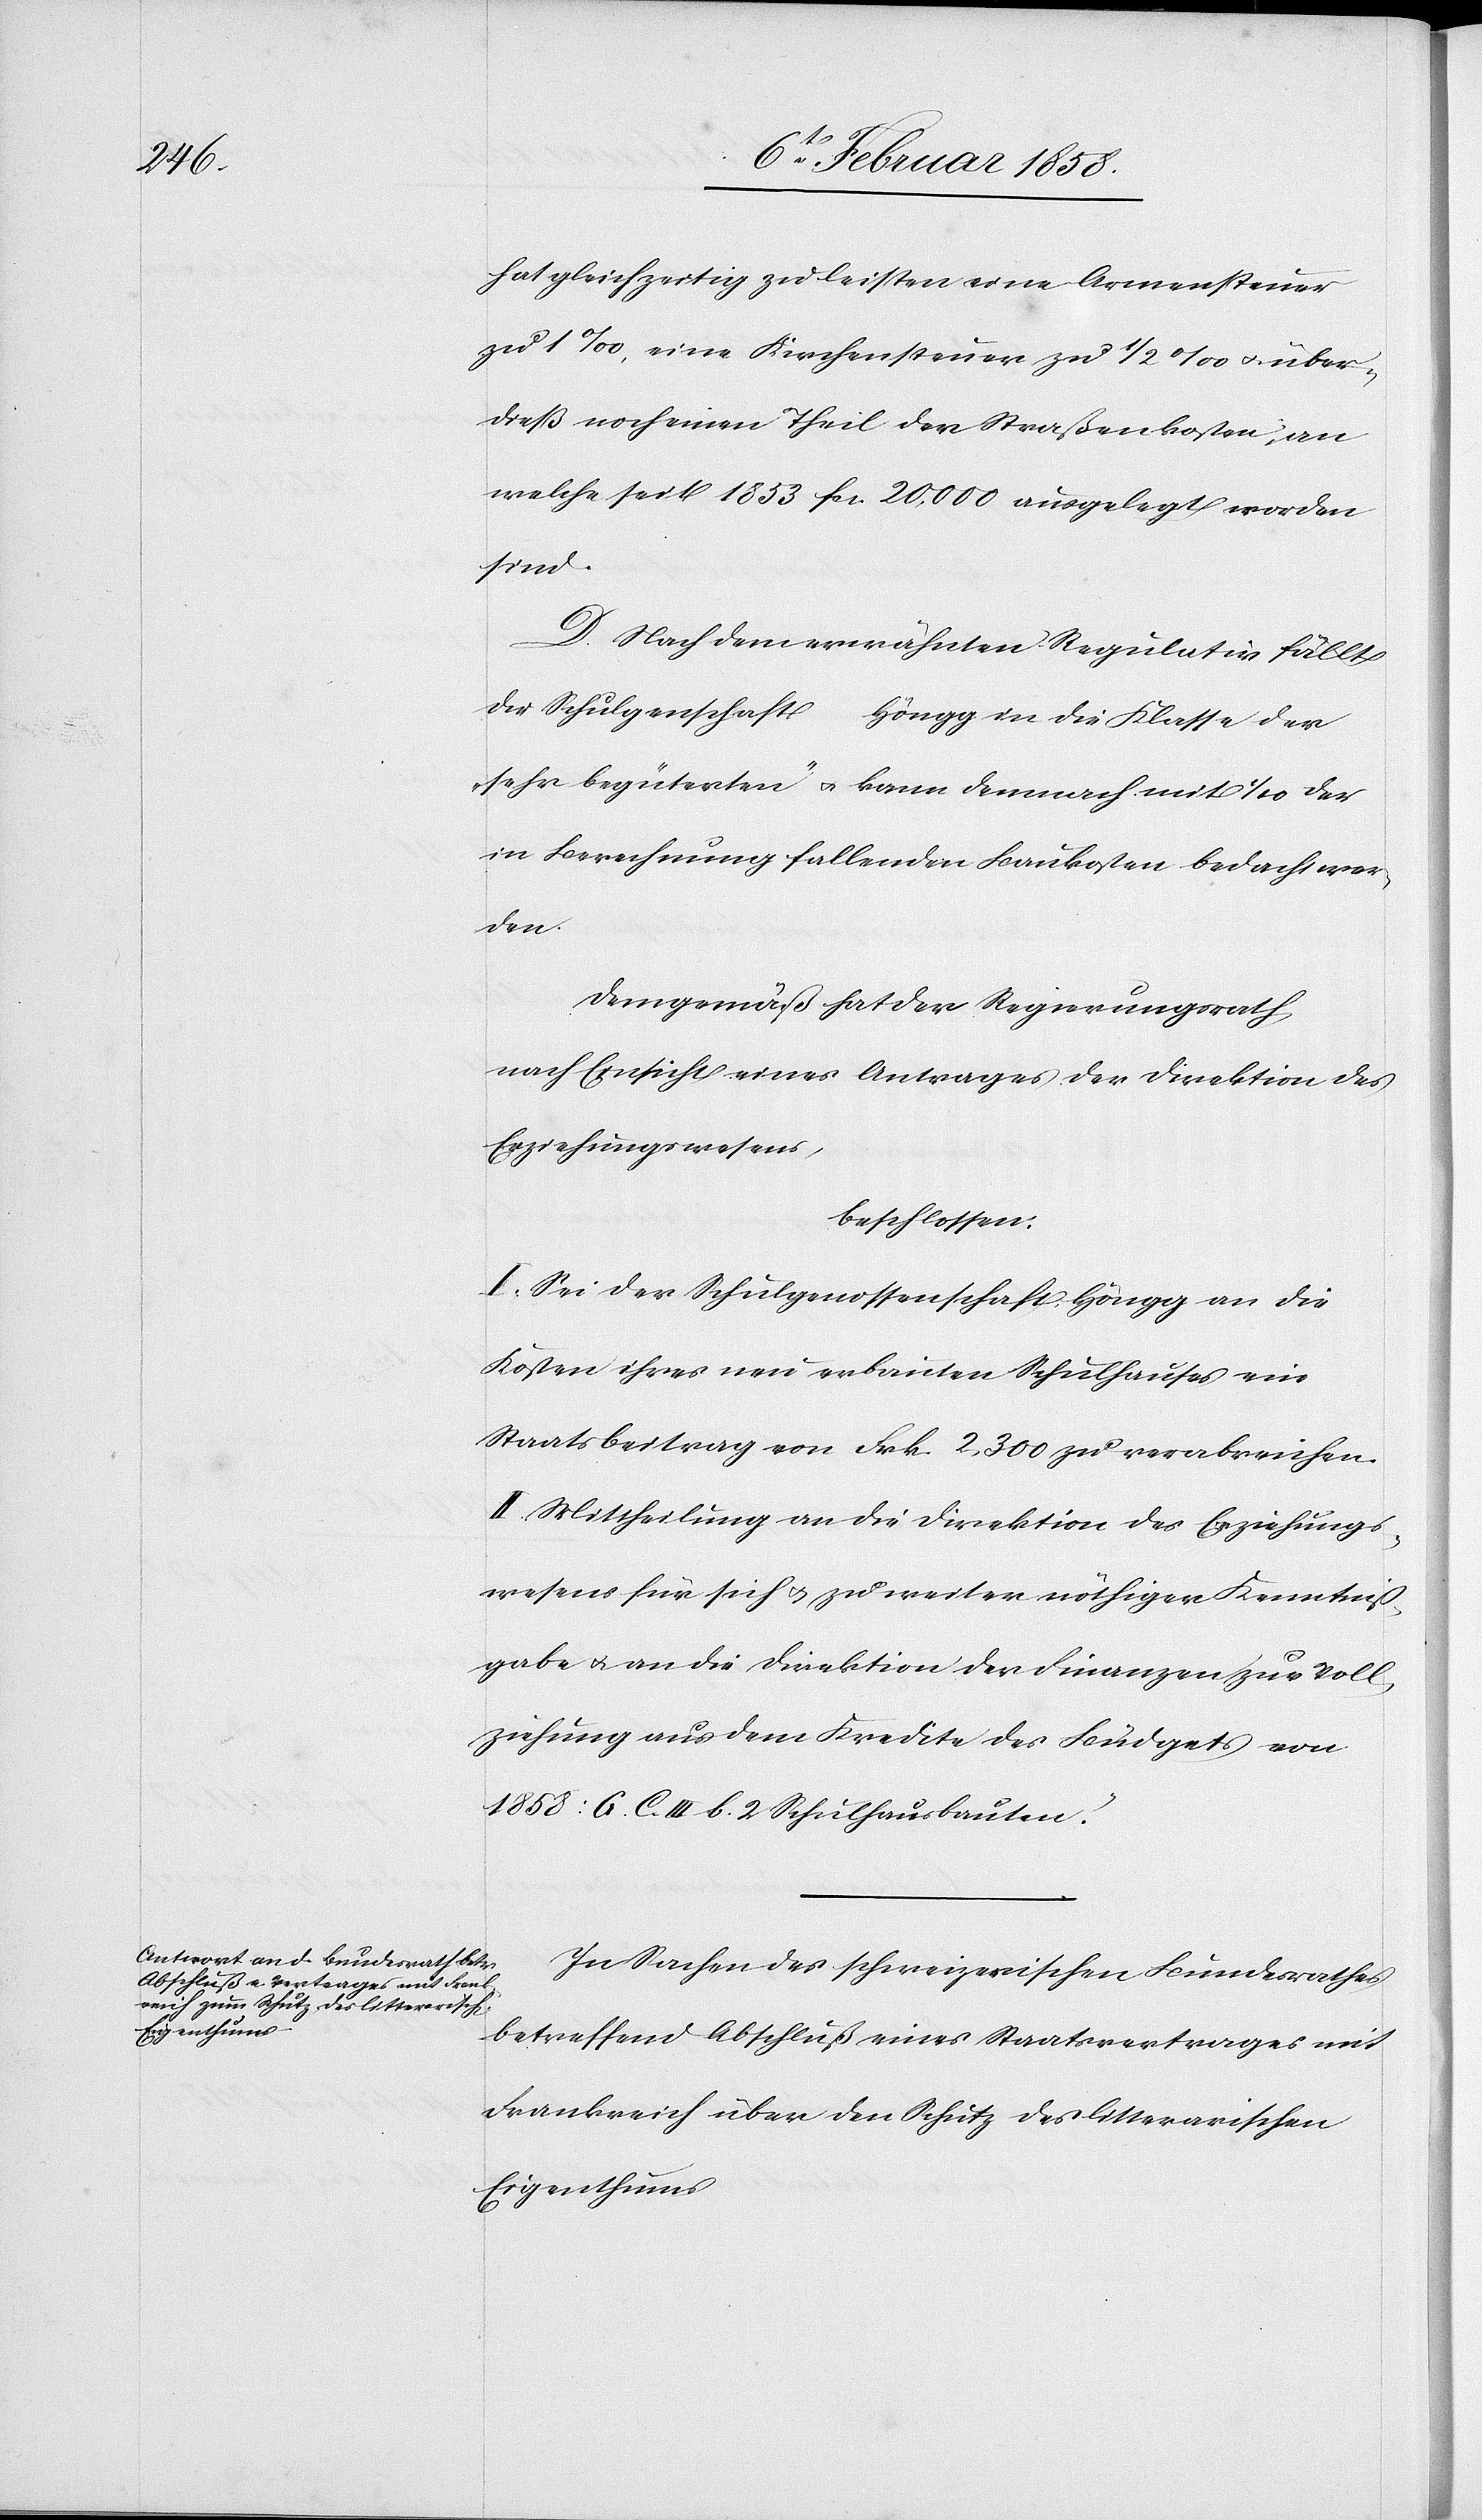
hat gleichzeitig zu leisten eine Armensteuer
zu 1 ‰, eine Kirchensteuer zu ½ ‰ u. über¬
dieß noch einen Theil der Straßenkosten, an
welche seit 1853 fcs. 20,000 ausgelegt worden
sind.
D. Nach dem erwähnten Regulativ fällt
die Schulgen[ossen]schaft Höngg in die Klasse der
„sehr begüterten“ u. kann demnach mit 1/10 der
in Berechnung fallenden Baukosten bedacht wer¬
den.
Demgemäß hat der Regierungsrath,
nach Einsicht eines Antrages der Direktion des
Erziehungswesens,
beschlossen:
I. Sei der Schulgenossenschaft Höngg an die
Kosten ihres neu erbauten Schulhauses ein
Staatsbeitrag von Frk. 2,300 zu verabreichen.
II. Mittheilung an die Direktion des Erziehungs¬
wesens für sich u. zu weiter nöthiger Kenntniß¬
gabe u. an die Direktion der Finanzen zur Voll¬
ziehung aus dem Kredite des Büdgets von
1858: G. C. III b. 2 Schulhausbauten.
In Sachen des schweizerischen Bundesrathes
betreffend Abschluß eines Staatsvertrages mit
Frankreich über den Schutz des litterarischen
Eigenthums